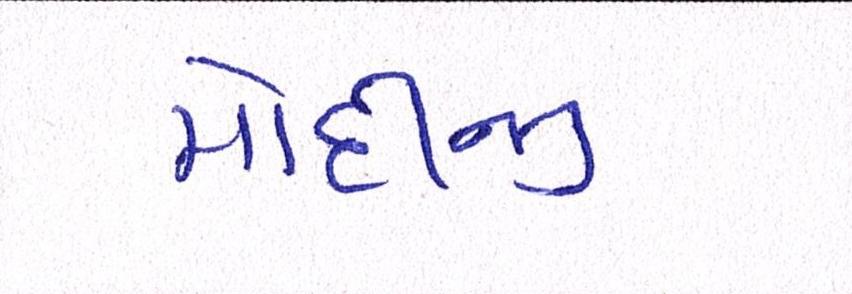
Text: મોદીજી